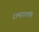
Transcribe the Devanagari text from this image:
रामास्वामि